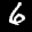
Label: 6